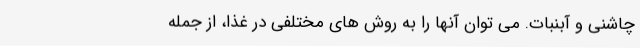
چاشنی و آبنبات. می توان آنها را به روش های مختلفی در غذا، از جمله